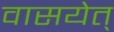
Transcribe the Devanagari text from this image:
वासयेत्